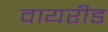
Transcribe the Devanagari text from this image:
वायरीड